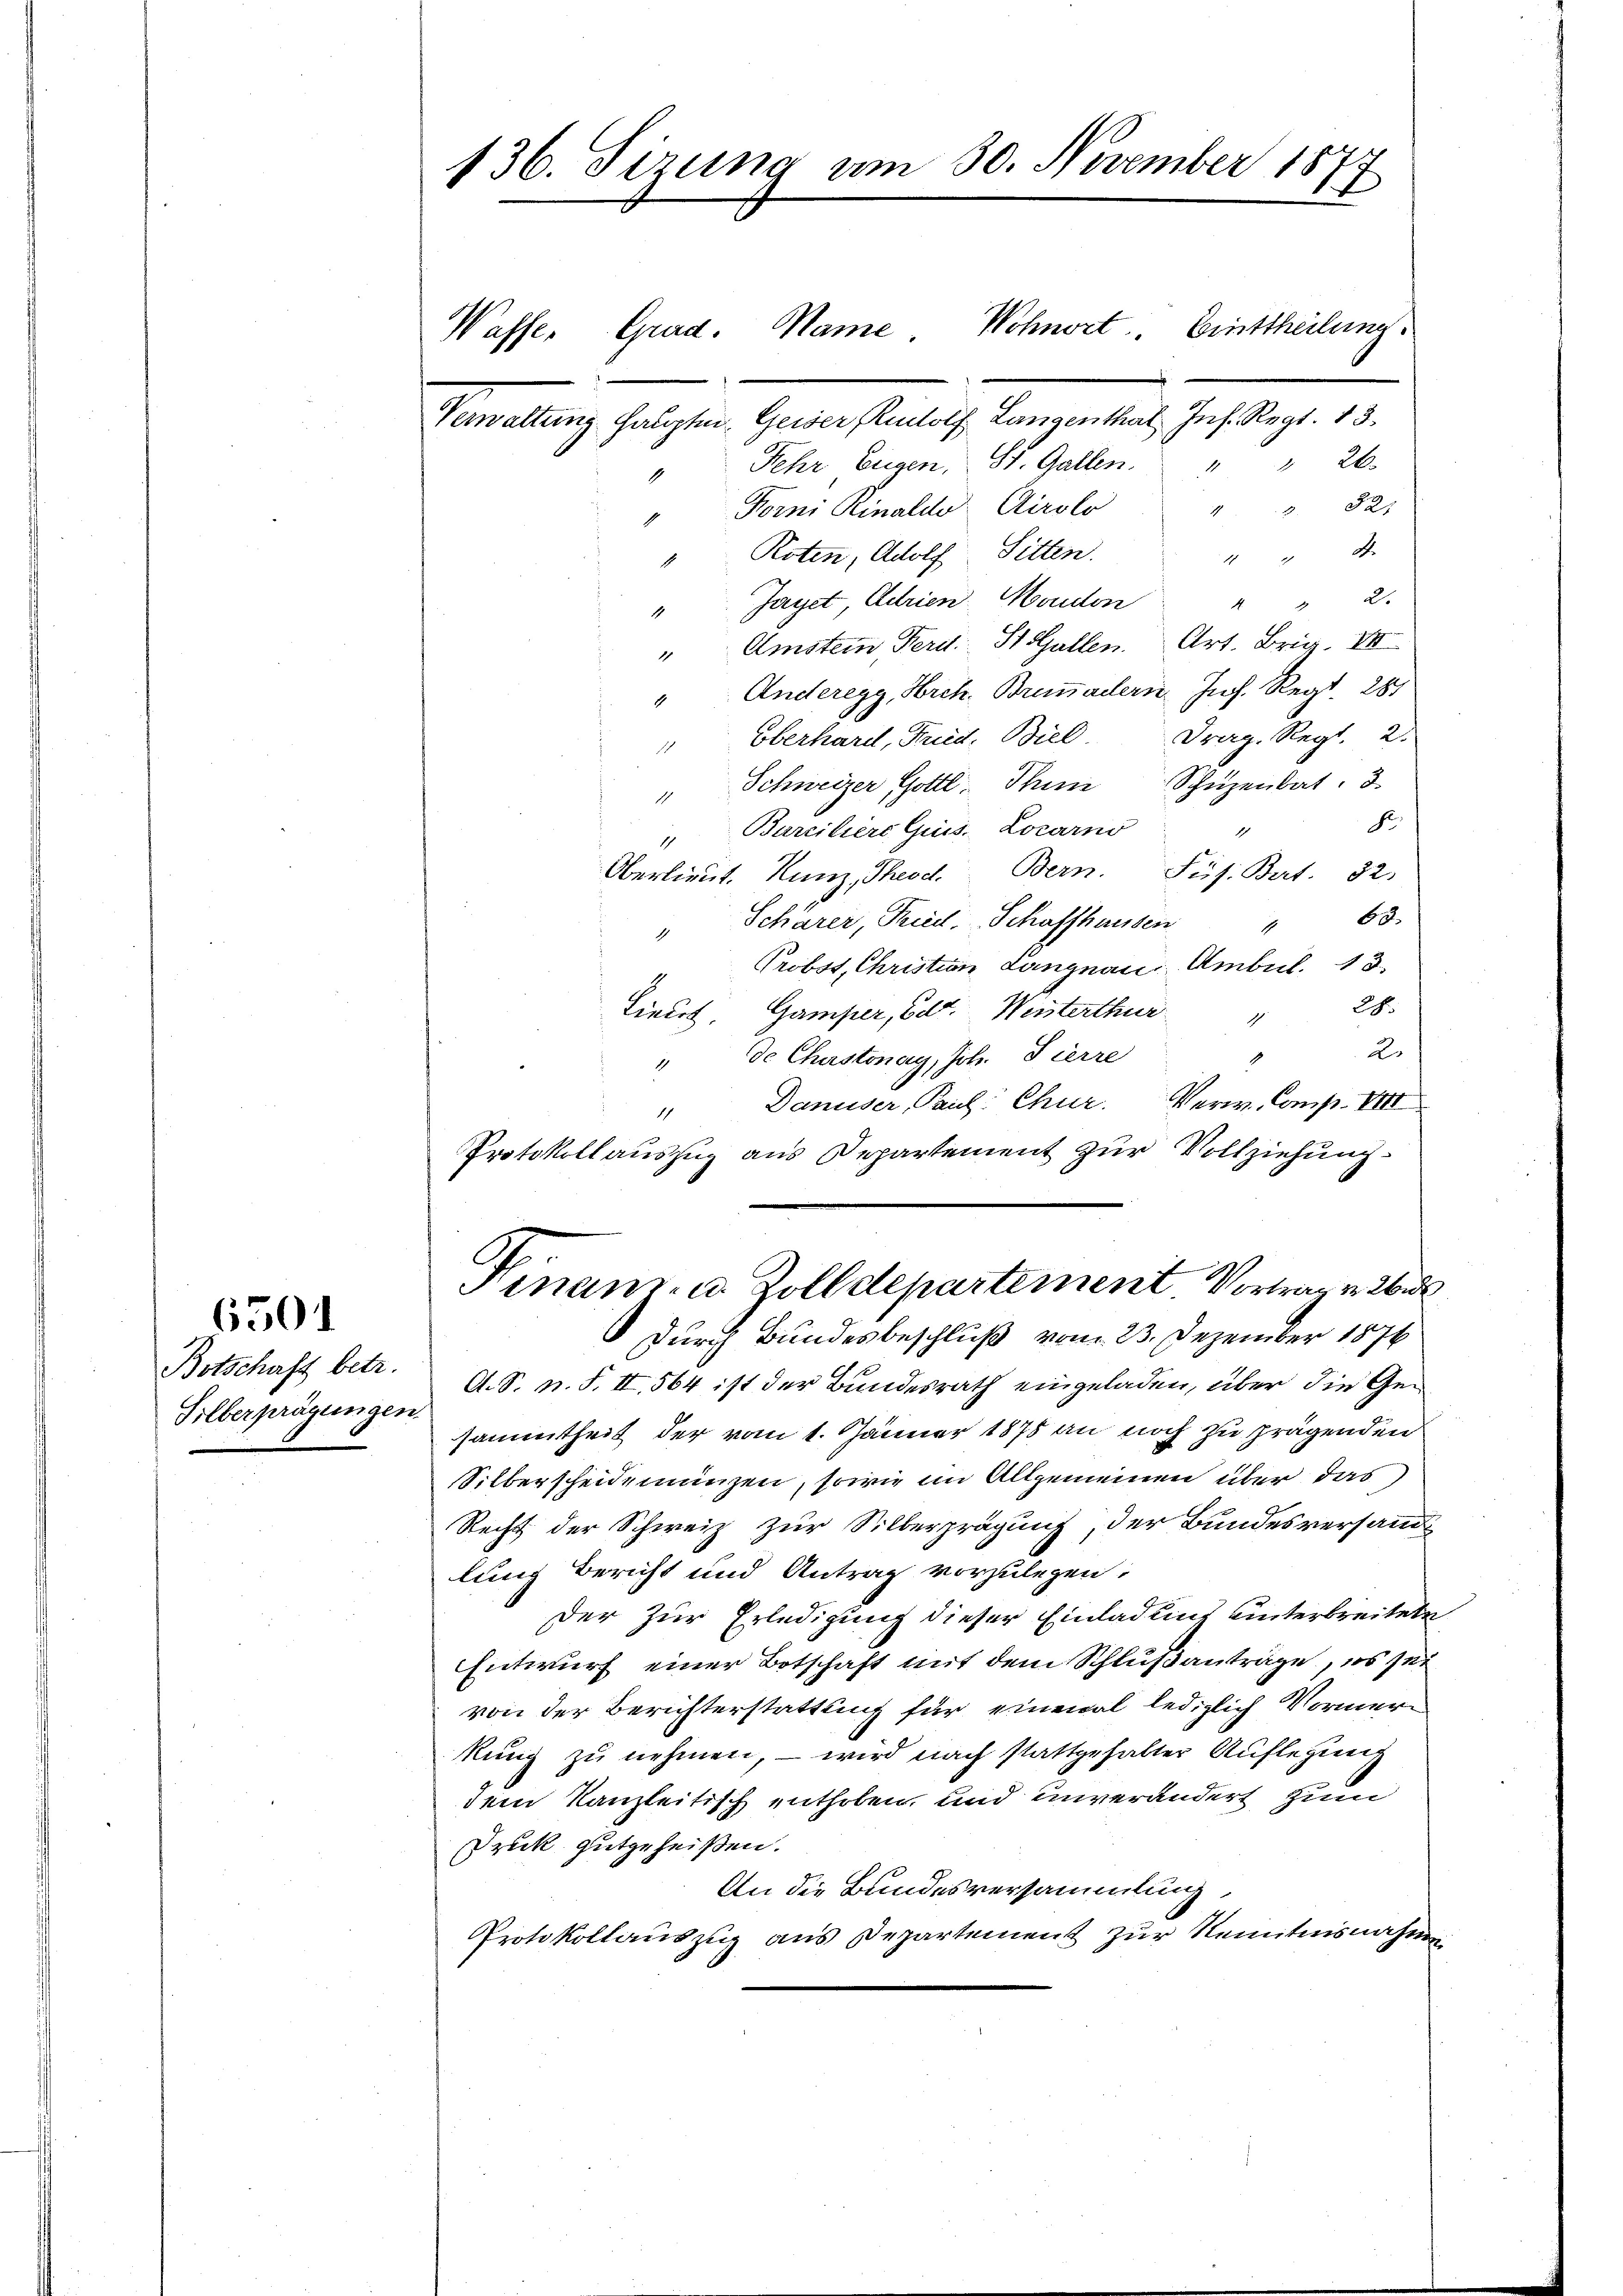
Botschaft betr.
Silberprägungen.

6501

136. Sizung am 30. November 1877

Wasser Grad.

Wohnort, Einttheilung.
Verwaltung hauptm. Gewer, Rudolf Langenthal Ins. Regt. 13
Sehr Eugen, St. Gallen. " " 26.
 821
"Forni Rinaldo Airolo
A.
Roten, Adolf Sitten.

1
Jayet, Adrien Morden
4
1
Amstein Ferd. St. Gallen. Art. Brig. VIII
1
Anderegg, Hrch. Brunadlern Jos. Reg. 281
1
Oberhard, Fried. Biel. Drag. Regt. 2.
1
Schweizer Gottl. Thun Schüzenbat. 3
1
F
1
Bareiliere Quis. Locarno
Oberlieŭt. Kunz, Theod. Bern. Püs. Bert. 82.
" Schärer, Tied. Schaffhausen " 68.
Probst, Christian Langnau Ambul. 13.
28.
Lieurs, Gamper, Edt. Weisterthur
1
2.
de Cherstonay, Joh. Tierre
1
1
" Danuser, Paul Chur. Verw. Comp. VIII
Protokollauszug aus Departement zur Vollziehung
Finanz- u. Zolldepartement Vortrag v. 26 d
 durch Bundesbeschluß vom 23. Dezember 1876
A. S. n. F. II, 564 ist der Bundesrath eingeladen, über die Gesammtheit der vom 1. Jänner 1875 an noch zu prägenden
Silberscheidemünzen, sowie im Allgemeinen über das
Recht der Schweiz zur Silberprägung der Bundesversandt
lung Bericht und Antrag vorzulegen.
Der zur Erledigung dieser Einladung unterbreitete
Entwurf einer Botschaft mit dem Schlußanträge, es sei
von der Berichterstattung für einmal lediglich Vormerkung zu nehmen, – wird nach stattgehalter Auflegung
dem Kanzleitisch entholen, und unverändert zum
Druck gutgeheißen.
An die Bundesversammlung
Protokollauszug aus Departement zur Kenntnisnahmen

Mame.